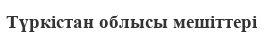
Түркістан облысы мешіттері